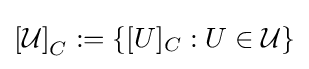
\left[{\mathcal {U}}\right]_{C}:=\left\{[U]_{C}:U\in {\mathcal {U}}\right\}